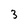
Character: 3